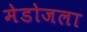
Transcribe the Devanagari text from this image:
मेडोजला